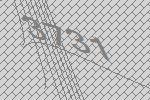
3731